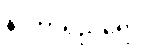
နာတာရှည်ရောဂါ